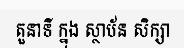
តួនាទី ក្នុង ស្ថាប័ន សិក្សា